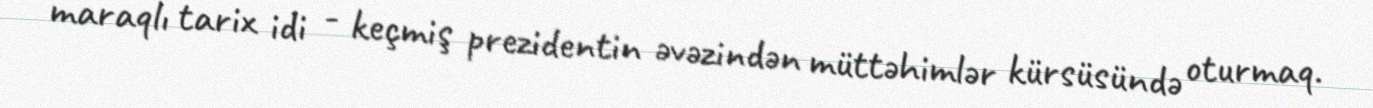
maraqlı tarix idi - keçmiş prezidentin əvəzindən müttəhimlər kürsüsündə oturmaq.